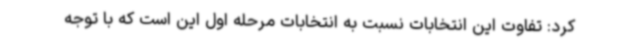
کرد: تفاوت این انتخابات نسبت به انتخابات مرحله اول این است که با توجه